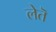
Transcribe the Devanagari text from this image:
लेतॆ